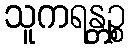
သူကရန္တဉ္စ